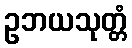
ဥဘယသုတ္တံ